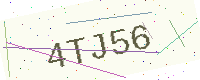
Text: 4TJ56